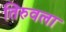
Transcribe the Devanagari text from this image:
तिरुवला